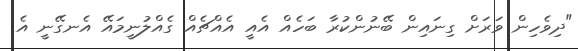
"ދިވެހިން ވަރަށް ގިނައިން ބޭނުންކުރާ ބަހެއް އެއީ އެއްޗެއް ގެއްލުނީމައޭ އެނގޭނީ އެ